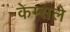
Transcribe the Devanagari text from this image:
केम्सले